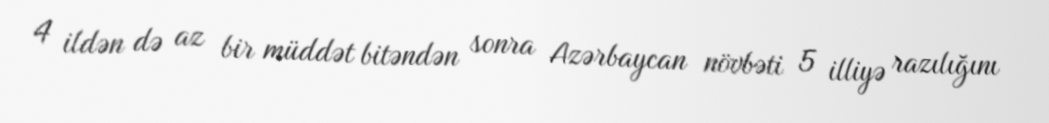
4 ildən də az bir müddət bitəndən sonra Azərbaycan növbəti 5 illiyə razılığını